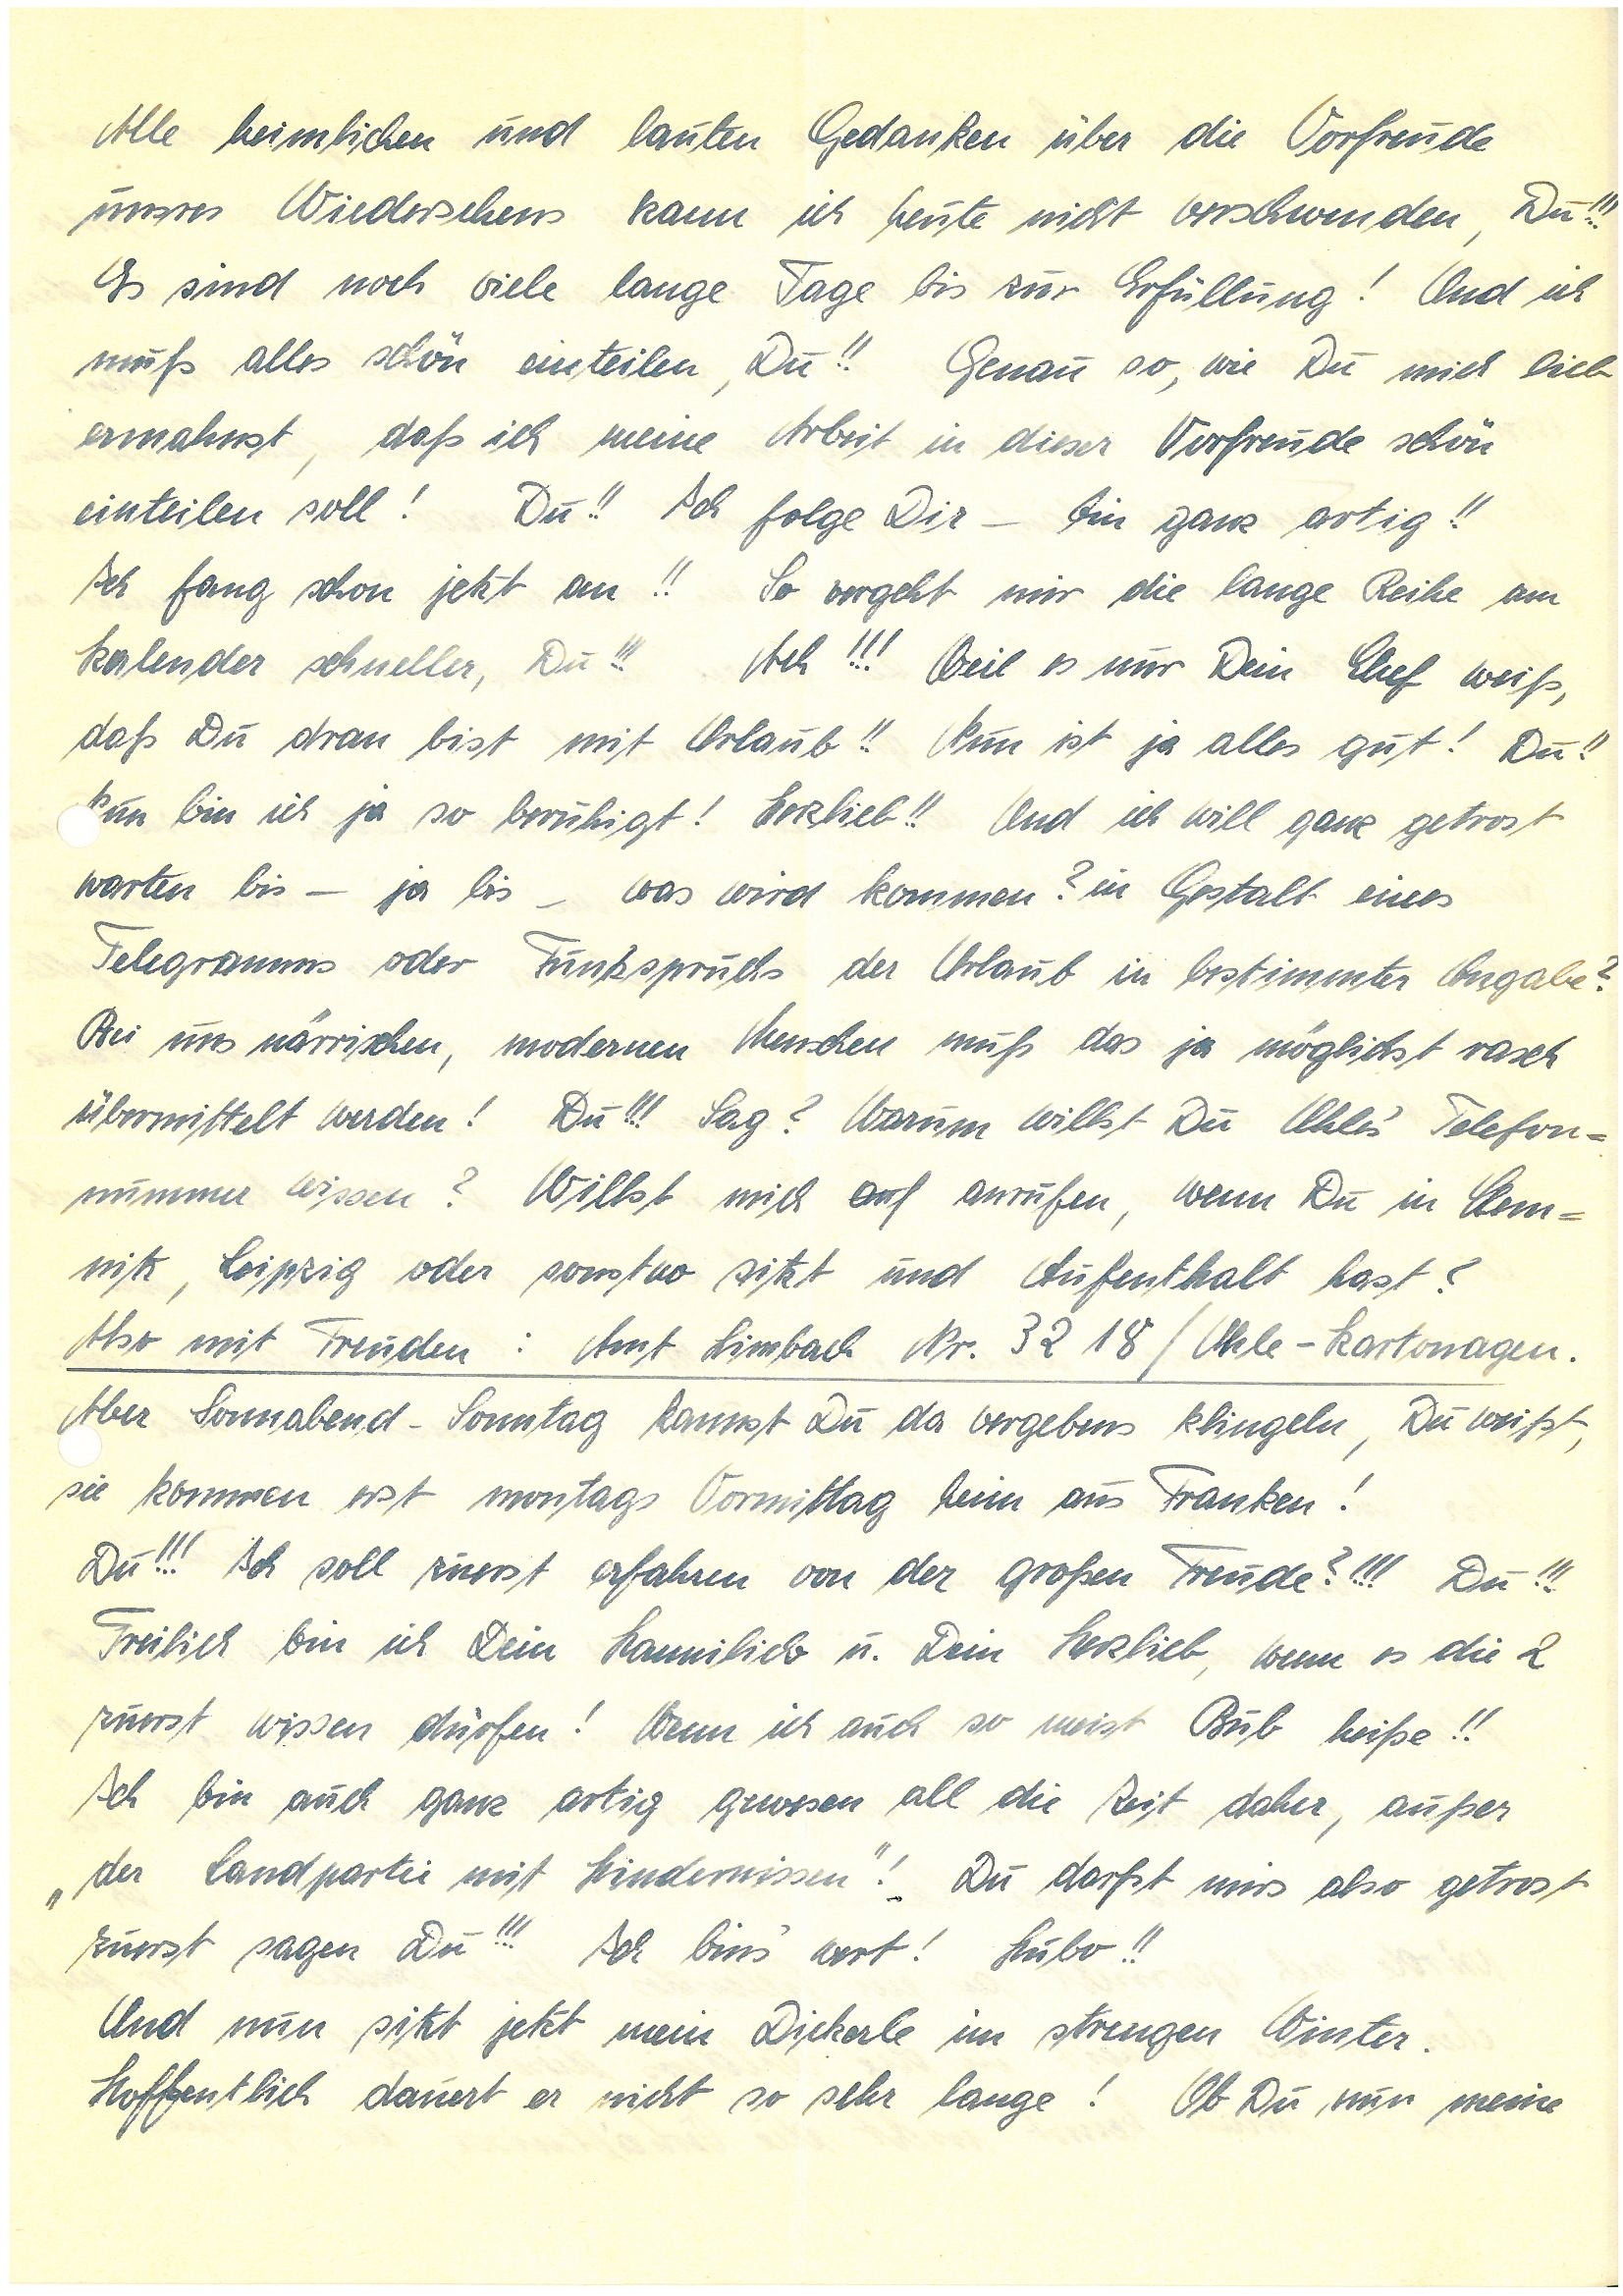
Alle heimlichen und lauten Gedanken über die Vorfreude
unsres Wiedersehens kann ich heute nicht verschwenden, Du!!!
Es sind noch viele lange Tage bis zur Erfüllung! Und ich
muß alles schön einteilen, Du!! Genau so, wie Du mich lieb
ermahnst, daß ich meine Arbeit in dieser Vorfreude schön
einteilen soll! Du!! Ich folge Dir – bin ganz artig!!
Ich fang schon jetzt an!! So vergeht mir die lange Reihe am
Kalender schneller, Du!!! Ach!!! Weil es nur Dein Chef weiß,
daß Du dran bist mit Urlaub!! Nun ist ja alles gut! Du!!
un bin ich ja so beruhigt! Herzlieb!! Und ich will ganz getrost
warten bis – ja bis – was wird kommen? In Gestalt eines
Telegramms oder Funkspruchs der Urlaub in bestimmter Angabe?
Bei uns närrischen, modernen Menschen muß das ja möglichst rasch
übermittelt werden! Du!!! Sag? Warum willst Du U.’s Telefon¬
nummer wissen? Willst mich anf anrufen, wenn Du in Chem¬
nitz, Leipzig oder sonstwo sitzt und Aufenthalt hast?
Also mit Freuden: Amt L. Nr. x/ U.- Kartonagen.
Aber Sonnabend – Sonntag kannst Du da vergebens klingeln, Du weißt,
sie kommen erst montags Vormittag heim aus Franken!
Du!!! Ich soll zuerst erfahren von der großen Freude?!!! Du!!!
Freilich bin ich Dein lieb u. Dein Herzlieb, wenn es die 2
zuerst wissen dürfen! Wenn ich auch so meist Bub heiße!!
Ich bin auch ganz artig gewesen all die Zeit daher, außer
„der Landpartie mit Hindernissen”! Du darfst mirs also getrost
zuerst sagen Du!!! Ich bins’ wert! Hubo!!
Und nun sitzt jetzt mein Dickerle im strengen Winter.
Hoffentlich dauert er nicht so sehr lange! Ob Du nun meine